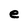
Character: e